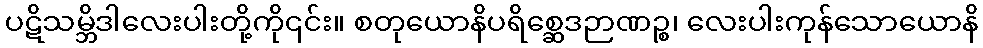
ပဋိသမ္ဘိဒါလေးပါးတို့ကို၎င်း။ စတုယောနိပရိစ္ဆေဒဉာဏဉ္စ၊ လေးပါးကုန်သောယောနိ